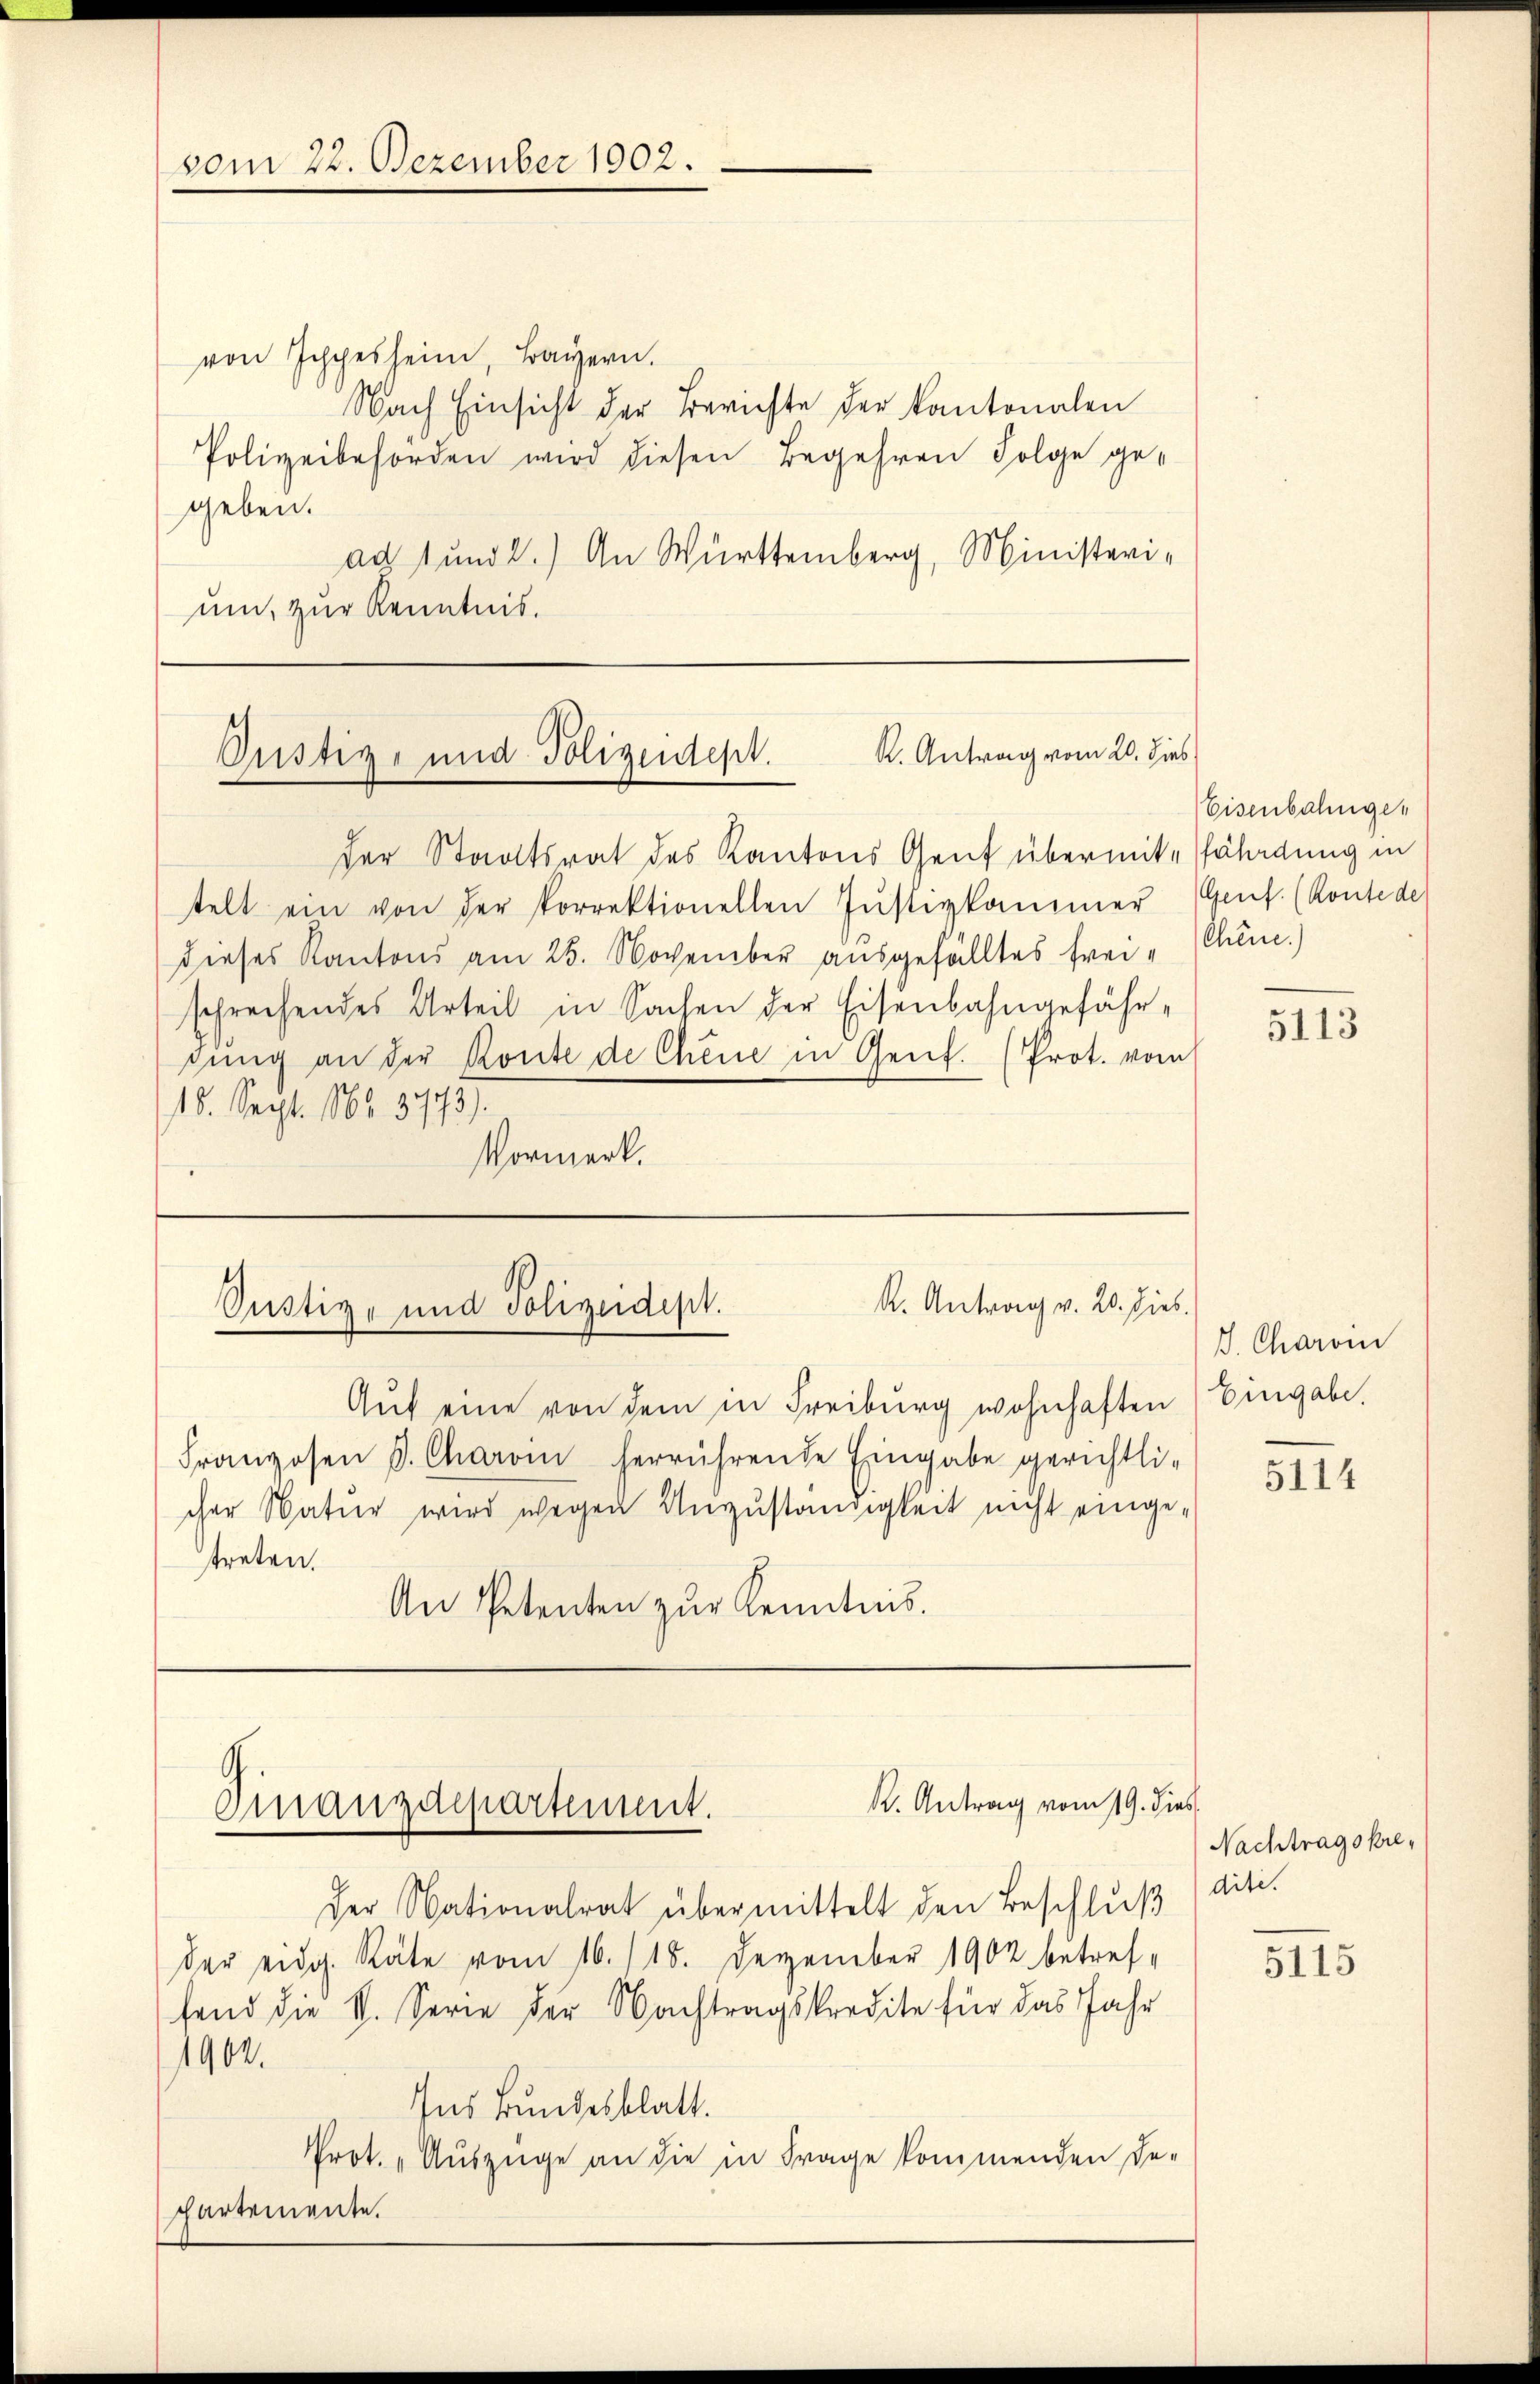
vom 22. Dezember 1902.

von Ichpesheim, Bayern.
Nach Einsicht der Berichte der Kantonalen
Polizeibehörden wird diesen Begehren Folge gegeben.
ad 1 und 2.) An Württemberg, Ministerium, zur Kenntnis.

K. Antrag vom 20. dies
Pustiz- und Polizeidest.

Eisenbahnge¬

Der Staatsrat des Kantons Gent übermit Erladung in
telt ein von der korrektionellen Jŭstizkammer Genf. (Konte de
dieses Kantons am 25. November ausgefälltes Frei- Chine.)
schrechendes Urteil in Sachen der Eisenbahngefährdŭng an der Ronte de Chene in Genf. (Prot. vom
15. Sept. 185. 3773).
Vormerk.

5113

R. Antrag v. 20. Dieb.
Justiz- und Polizeidept.

J. Charin

Aŭf eine von dem in Freiburg wohnhaften Eingabe,
Franzosen d. Charin herrührende Eingabe gerichtli-
cher Natur wird wegen Unzuständigkeit nicht eingetreten.
An Petenten zŭr Kenntnis.

5114

K. Antrag vom 19. dies
Finanzdepartiment.

Nachtragskre¬

der Nationalrat übermittelt den Beschluß dite.
der eidg. Räte vom 16./18. Dezember 1902 betref-
fend die V. Serie der Nachtragskredite für das Jahr
1902.
Ins Bundesblatt.
Prot. „Auszüge an die in Frage kommenden De-
partemente.

5115